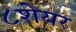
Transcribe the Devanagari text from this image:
८शेयर